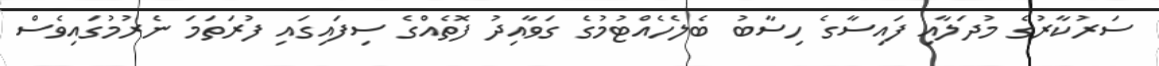
ސަރުކާރުގެ މުދަލާއި ފައިސާގެ ހިސާބު ބެލެހެއްޓުމުގެ ގަވާއިދު ފޮތެއްގެ ސިފައިގައި ފުރަތަމަ ނެރުމުގައިވެސް